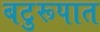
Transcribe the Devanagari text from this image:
बटुरूपात